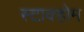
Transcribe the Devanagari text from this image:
स्टाक्होम